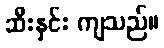
ဆီးနှင်း ကျသည်။